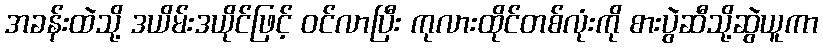
အခန်းထဲသို့ ဒယိမ်းဒယိုင်ဖြင့် ဝင်လာပြီး ကုလားထိုင်တစ်လုံးကို စားပွဲဆီသို့ဆွဲယူကာ